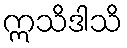
ဣသိဒါသိ